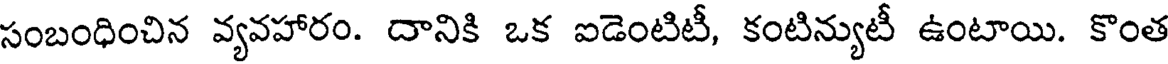
సంబంధించిన వ్యవహారం. దానికి ఒక ఐడెంటిటీ, కంటిన్యుటీ ఉంటాయి. కొంత